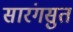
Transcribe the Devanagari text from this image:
सारंगसुत